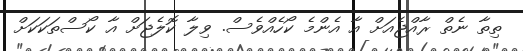
ތިތާ ނެތް ރާއްޖެއަށް އާ އެންމެ ކޯހެއްވެސް. ވިލާ ކޮލެޖަށް އާ ކޯސްތަކަކަށް